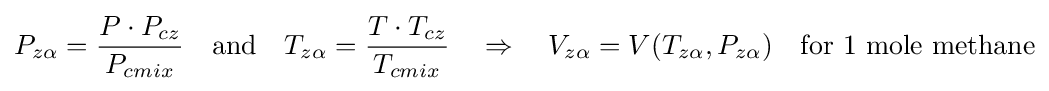
P_{z\alpha }={\frac {P\cdot P_{cz}}{P_{cmix}}}\quad {\text{and}}\quad T_{z\alpha }={\frac {T\cdot T_{cz}}{T_{cmix}}}\quad \Rightarrow \quad V_{z\alpha }=V(T_{z\alpha },P_{z\alpha })\quad {\text{for 1 mole methane}}